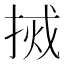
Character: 𫽃